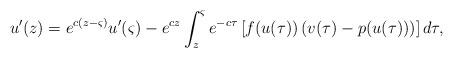
LaTeX: \begin{align*} &u'(z)=e^{c(z-\varsigma)}u'(\varsigma)-e^{cz}\int_z^\varsigma e^{-c\tau}\left[f(u(\tau))\left(v(\tau)-p(u(\tau))\right)\right] d\tau,\end{align*}